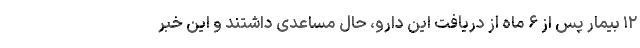
۱۲ بیمار پس از ۶ ماه از دریافت این دارو، حال مساعدی داشتند و این خبر